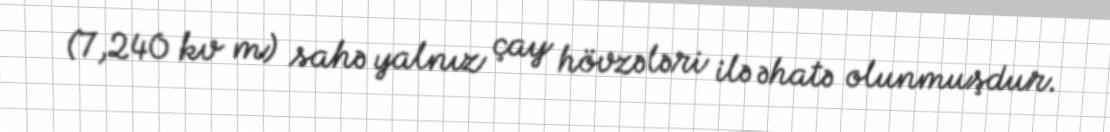
(7,240 kv m) sahə yalnız çay hövzələri ilə əhatə olunmuşdur.